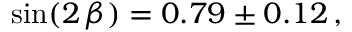
\sin ( 2 \, \beta ) = 0 . 7 9 \pm 0 . 1 2 \, , \quad